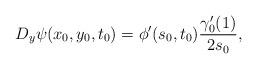
LaTeX: \begin{align*}D_y \psi (x_0, y_0, t_0)=\phi'(s_0, t_0)\frac{\gamma'_0(1)}{2s_0}, \end{align*}